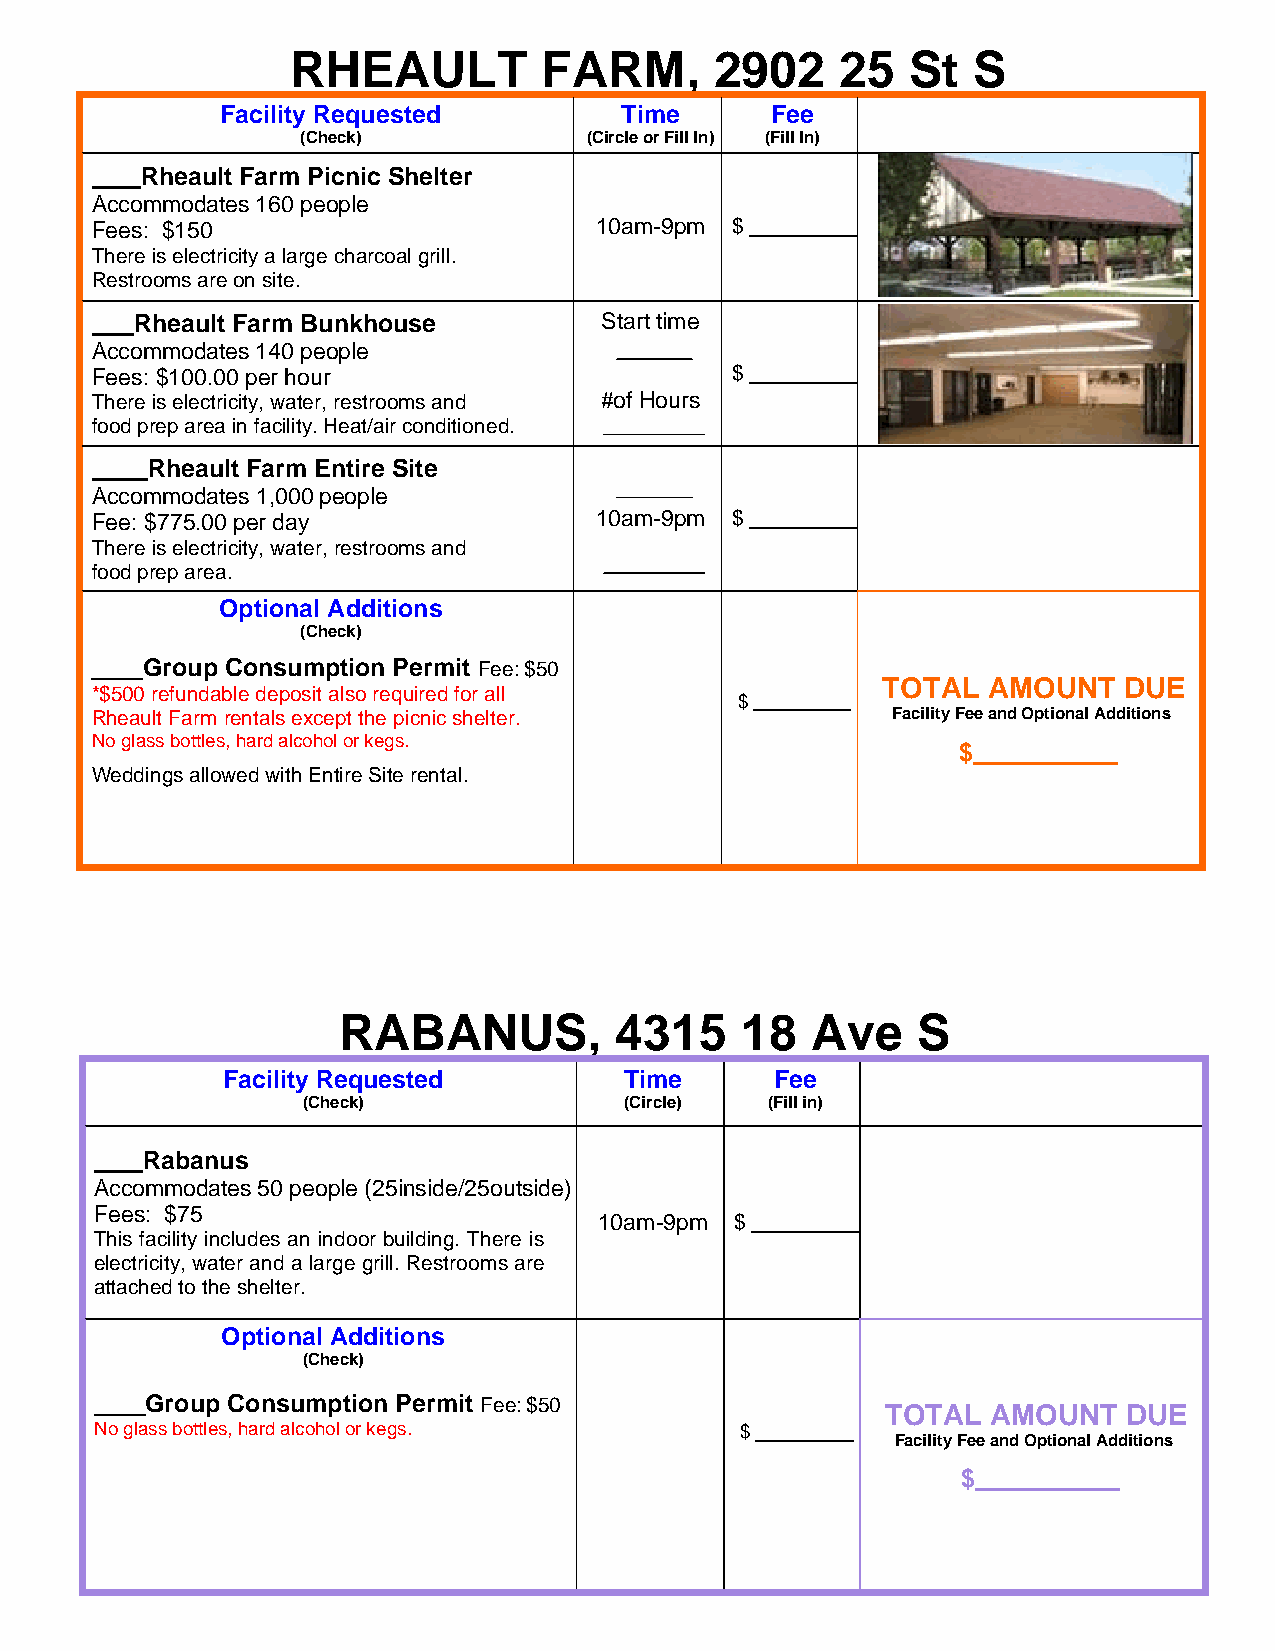
RHEAULT          FARM,      2902     25  St  S
 Facility Requested        Time      Fee
 (Check)            (Circle or Fill In) (Fill In)
 Rheault Farm Picnic Shelter
 Accommodates 160 people
 Fees: $150                       10am-9pm $
 There is electricity a large charcoal grill.
 Restrooms are on site.
 Rheault Farm Bunkhouse         Start time
 Accommodates 140 people
 Fees: $100.00 per hour                    $
 There is electricity, water, restrooms and #of Hours
 food prep area in facility. Heat/air conditioned.
 Rheault Farm Entire Site
 Accommodates 1,000 people
 Fee: $775.00 per day             10am-9pm $
 There is electricity, water, restrooms and
 food prep area.
 Optional Additions
 (Check)
 Group Consumption Permit Fee: $50
 TOTAL  AMOUNT   DUE
 *$500 refundable deposit also required for all
 $
 Rheault Farm rentals except the picnic shelter.      Facility Fee and Optional Additions
 No glass bottles, hard alcohol or kegs.
 $
 Weddings allowed with Entire Site rental.
 RABANUS,           4315    18   Ave    S
 Facility Requested        Time      Fee
 (Check)              (Circle)  (Fill in)
 Rabanus
 Accommodates 50 people (25inside/25outside)
 Fees: $75
 10am-9pm $
 This facility includes an indoor building. There is
 electricity, water and a large grill. Restrooms are
 attached to the shelter.
 Optional Additions
 (Check)
 Group Consumption Permit Fee: $50                TOTAL  AMOUNT   DUE
 No glass bottles, hard alcohol or kegs.    $
 Facility Fee and Optional Additions
 $